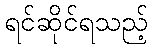
ရင်ဆိုင်ရသည့်